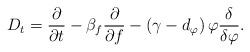
LaTeX: \begin{align*}D_t= \frac{\partial}{\partial t} - \beta_f\frac{\partial}{\partial f} - \left(\gamma - d_{\varphi}\right)\varphi \frac{\delta}{\delta \varphi}.\end{align*}